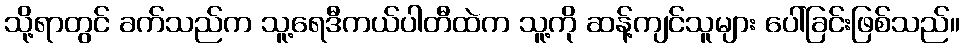
သို့ရာတွင် ခက်သည်က သူ့ရေဒီကယ်ပါတီထဲက သူ့ကို ဆန့်ကျင်သူများ ပေါ်ခြင်းဖြစ်သည်။